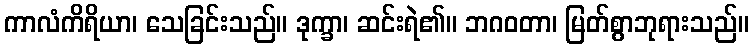
ကာလံကိရိယာ၊ သေခြင်းသည်။ ဒုက္ခာ၊ ဆင်းရဲ၏။ ဘဂဝတာ၊ မြတ်စွာဘုရားသည်။